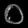
Digit: ၀